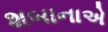
શબાનાએ